Cholera in India, 1862 to 1881
Year: 1862
Disease focus: Cholera
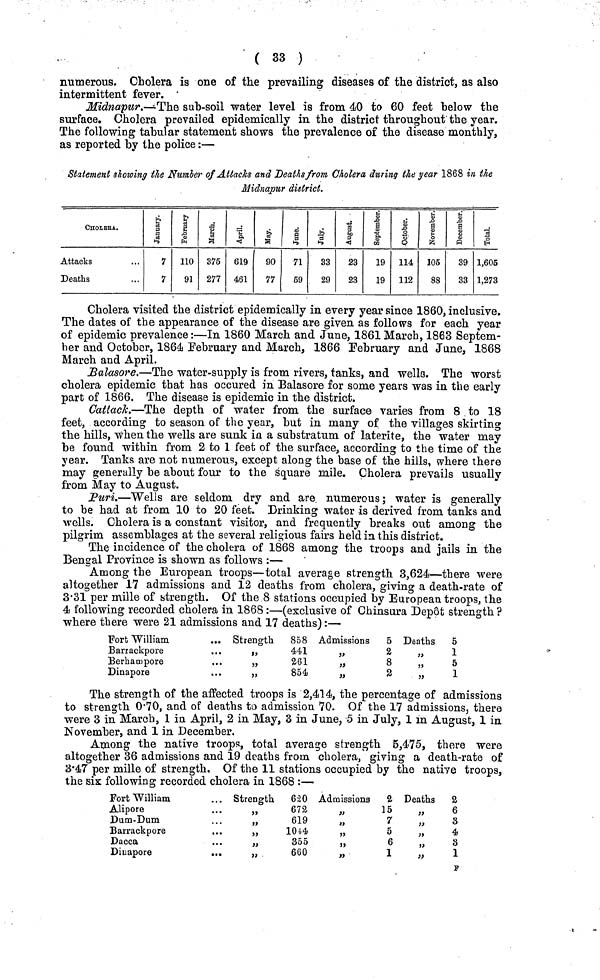
( 33 )
numerous. Cholera is one of the prevailing diseases of the district, as also
intermittent fever.
Midnapur.—The sub-soil water level is from 40 to 60 feet below the
surface. Cholera prevailed epidemically in the district throughout the year.
The following tabular statement shows the prevalence of the disease monthly,
as reported by the police :—
Statement showing the Number of Attacks and Deaths from Cholera during the year 1868 in, the
Midnapur district.
CHOLERA.
Attacks
Deaths
January
7
7
February
110
91
March
375
277
April
619
461
May
90
77
June
71
59
33
29
August
23
23
September
19
19
October
114
112
November
105
88
December
39
33
Total
1,605
1,273
Cholera visited the district epidemically in every year since 1860, inclusive.
The dates of the appearance of the disease are given as follows for each year
of epidemic prevalence:—In 1860 March and June, 1861 March, 1863 Septem-
ber and October, 1864 February and March, 1866 February and June, 1868
March and April.
Balasore.—The water-supply is from rivers, tanks, and wells. The worst
cholera epidemic that has occured in Balasore for some years was in the early
part of 1866. The disease is epidemic in the district.
Cattack.—The depth of water from the surface varies from 8 to 18
feet, according to season of the year, but in many of the villages skirting
the hills, when the wells are sunk in a substratum of laterite, the water may
be found within from 2 to 1 feet of the surface, according to the time of the
year. Tanks are not numerous, except along the base of the hills, where there
may generally be about four to the square mile. Cholera prevails usually
from May to August.
Puri.—"Wells are seldom dry and are numerous; water is generally
to be had at from 10 to 20 feet. Drinking water is derived from tanks and
wells. Cholera is a constant visitor, and frequently breaks out among the
pilgrim assemblages at the several religious fairs held in this district.
The incidence of the cholera of 1868 among the troops and jails in the
Bengal Province is shown as follows :—
Among the European troops—total average strength 3,624—there were
altogether 17 admissions and 12 deaths from cholera, giving a death-rate of
3·31 per mille of strength. Of the 8 stations occupied by European troops, the
4 following recorded cholera in 1868 :—(exclusive of Chinsura Depôt strength ?
where there were 21 admissions and 17 deaths) :—
Fort William
Barrackpore
Berhampore
Dinapore
... Strength 858
... ,, 441
... ,, 261
... ,, 854
Admissions
5
,, 2
,, 8
,, 3
Deaths
5
,, 1
,, 5
,, 1
The strength of the affected troops is 2,414, the percentage of admissions
to strength 0·70, and of deaths to admission 70. Of the 17 admissions, there
were 3 in March, 1 in April, 2 in May, 3 in June, 5 in July, 1 in August, 1 in
November, and 1 in December.
Among the native troops, total average strength 5,475, there were
altogether 36 admissions and 19 deaths from cholera, giving a death-rate of
3·47 per mille of strength. Of the 11 stations occupied by the native troops,
the six following recorded cholera in 1868 :—
Fort William
Alipore
Dum-Dum
Barrackpore
Dacca
Dinapore
. Strength 620
... ,, 672
... ,, 619
... „
1044
... „
355
... „
660
Admissions
2
,, 15
,, 7
,,
5
,, 6
,, 1
Deaths
2
,, 6
,, 3
,, 4
,, 8
,, 1
F